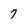
Character: 7